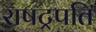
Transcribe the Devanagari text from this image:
राषट्रपति